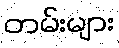
တမ်းများ